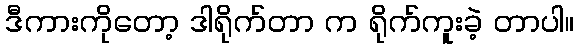
ဒီကားကိုတော့ ဒါရိုက်တာ က ရိုက်ကူးခဲ့ တာပါ။